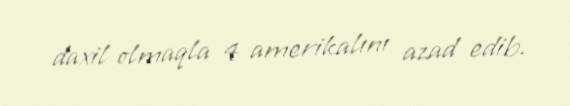
daxil olmaqla 4 amerikalını azad edib.